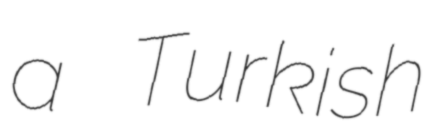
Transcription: a Turkish